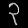
Digit: ၃